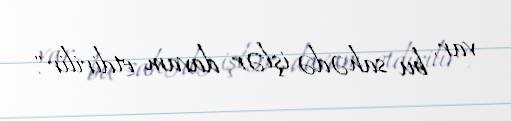
var, bu sahədə işlər davam etdirilir".